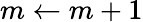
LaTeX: m\leftarrow m+1